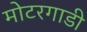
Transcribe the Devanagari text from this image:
मोटरगाडी